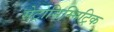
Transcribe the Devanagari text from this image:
सेट्रोसिम्मिट्रिक